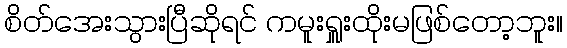
စိတ်အေးသွားပြီဆိုရင် ကမူးရှူးထိုးမဖြစ်တော့ဘူး။